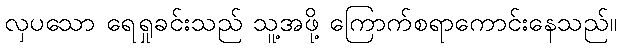
လှပသော ရေရှုခင်းသည် သူ့အဖို့ ကြောက်စရာကောင်းနေသည်။